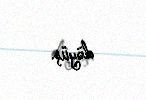
döyüş.